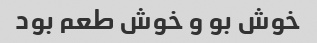
خوش بو و خوش طعم بود